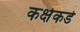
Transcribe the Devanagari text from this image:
कक्षेकडे